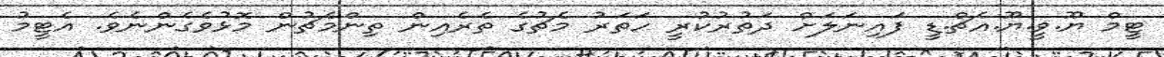
ޓީމް ޔޫ.ވީ.ޔޫ.އެޗް.ޑީ ފައިނަލަށް ދަތުރުކުރީ ހަތަރު މެޗުގެ ތެރެއިން ތިންމެޗުން މޮޅުވެގެންނެވެ. އެޓީމު